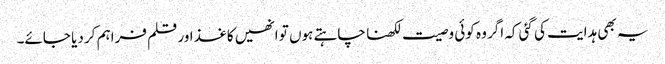
یہ بھی ہدایت کی گئی کہ اگر وہ کوئی وصیت لکھنا چاہتے ہوں تو انھیں کاغذ اور قلم فراہم کر دیا جائے۔